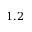
1 . 2